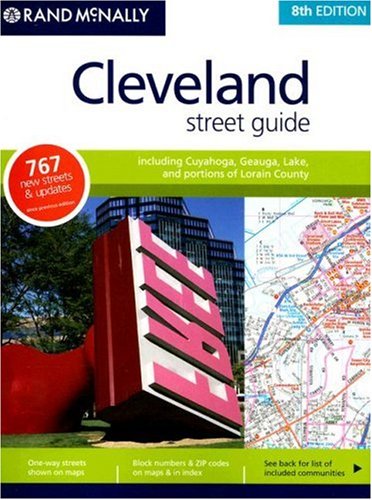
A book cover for Rand McNally Cleveland Street Guide (Rand McNally Cleveland (Ohio) Street Guide: Including Cuyahoga,); Not Available (NA); Travel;